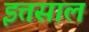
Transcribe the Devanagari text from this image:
इत्तसाल